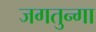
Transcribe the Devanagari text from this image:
जगतुन्गा